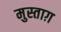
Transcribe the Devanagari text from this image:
मुस्ताग़